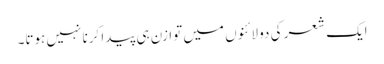
ایک شعر کی دو لائنوں میں توازن ہی پیدا کرنا نہیں ہوتا۔